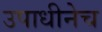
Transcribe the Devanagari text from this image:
उपाधीनेच